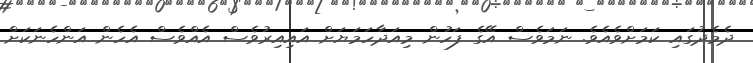
ދެމެދުގައި ކަމަށްވެއެވެ. ނަމަވެސް އޭގެ ފަހުން މިއަދާހަމަޔަށް އައިއިރުވެސް އެއްވެސް އެހެން އަންހެނަކަށް